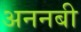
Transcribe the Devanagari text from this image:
अननबी